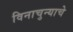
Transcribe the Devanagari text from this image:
विनाचुन्याचे